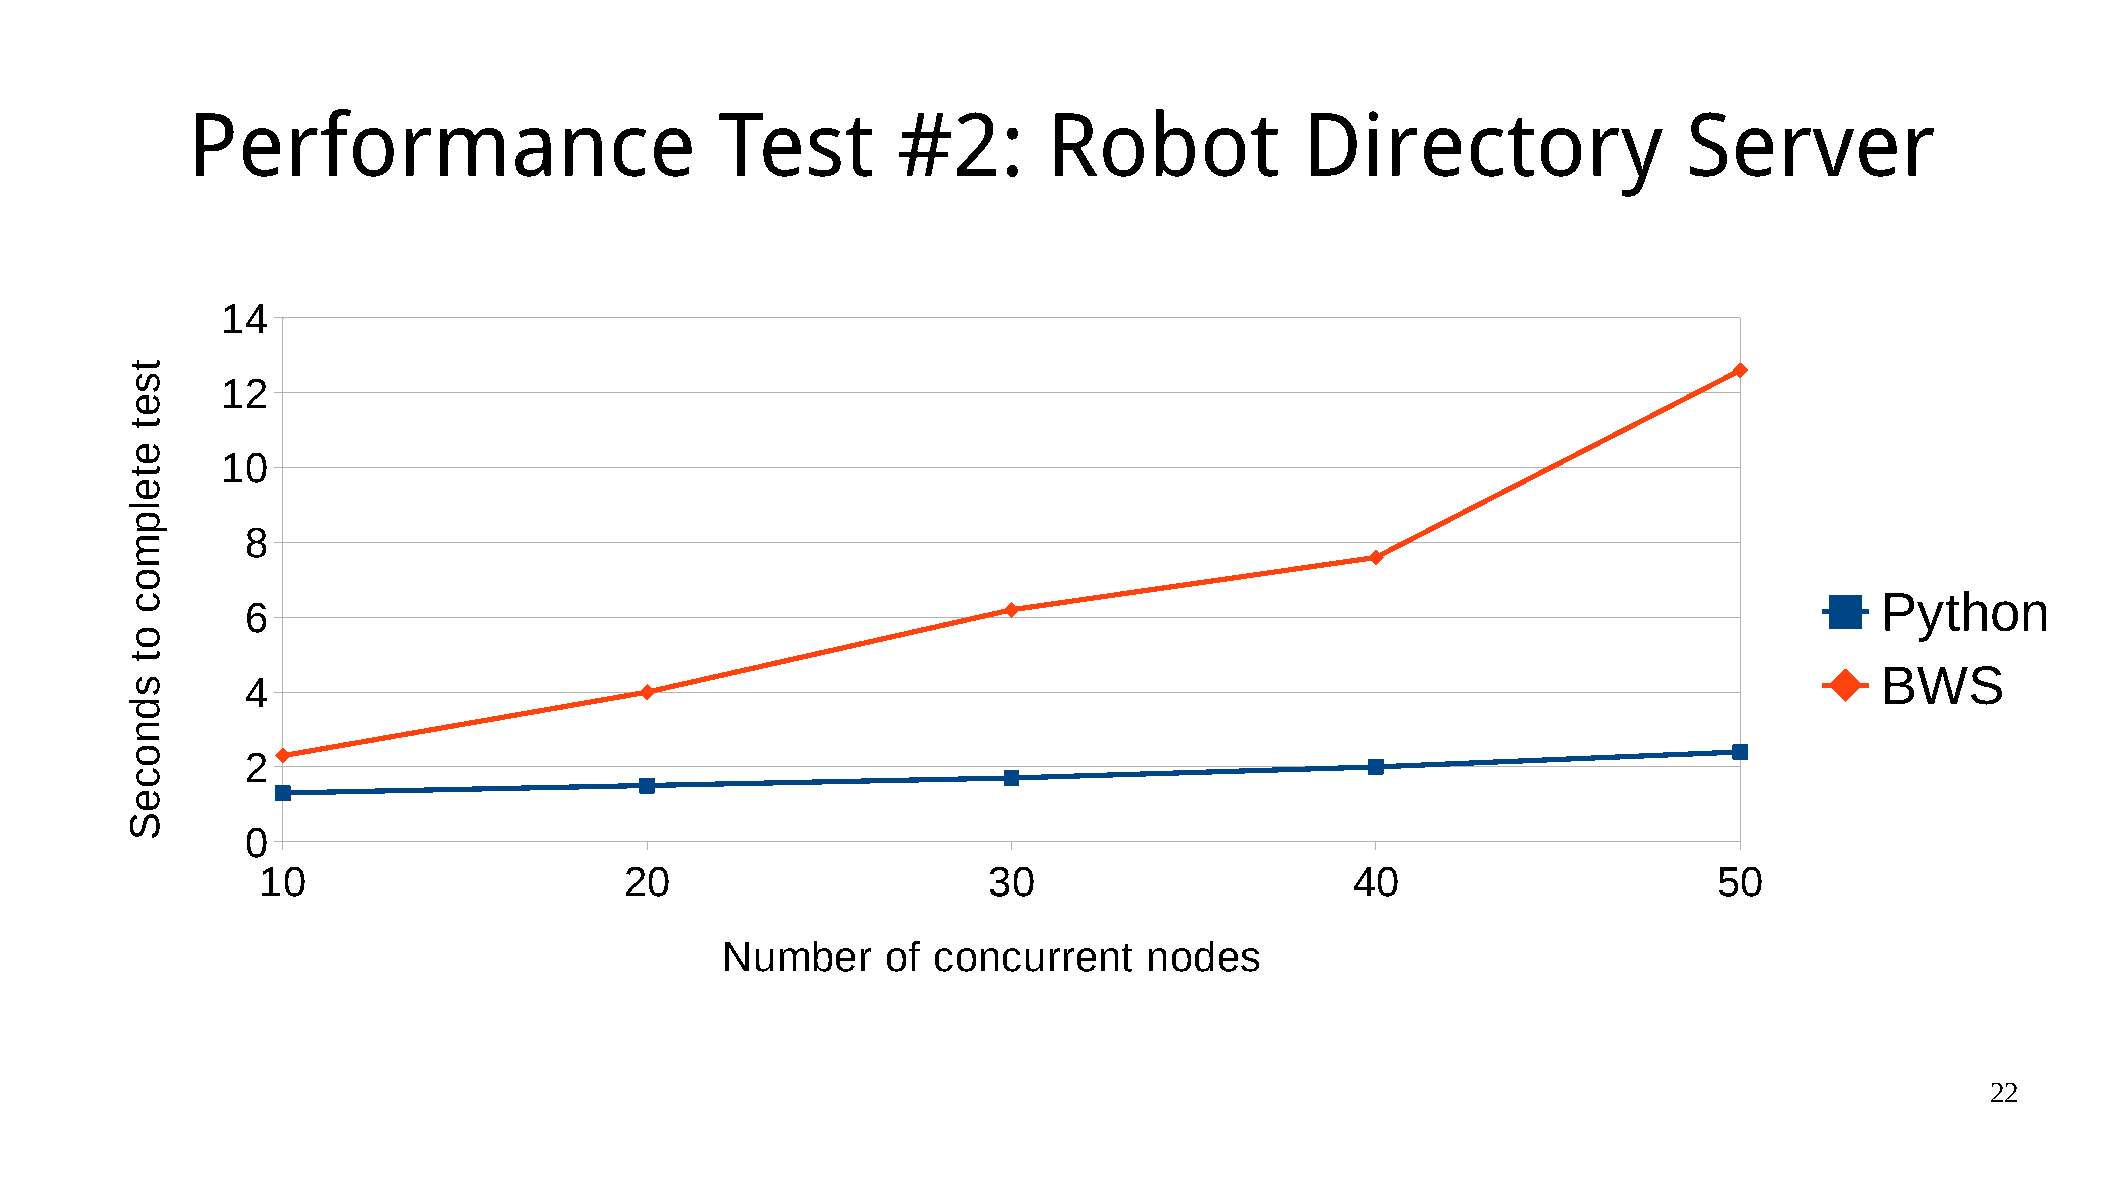
Performance                         Test       #2:       Robot            Directory                 Server
 14
 12
 10
 8
 Python
 6
 BWS
 4
 2
 0
 10                      20                      30                       40                      50
 Number     of concurrent    nodes
 22
 tset
 etelpmoc
 ot
 sdnoceS